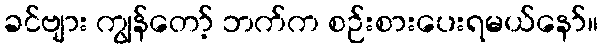
ခင်ဗျား ကျွန်တော့် ဘက်က စဉ်းစားပေးရမယ်နော်။